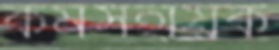
কর্মসহায়ক